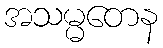
အသမ္မတေန